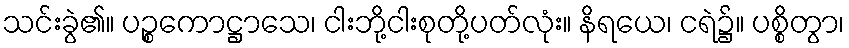
သင်းခွဲ၏။ ပဉ္စကောဋ္ဌာသေ၊ ငါးဘို့ငါးစုတို့ပတ်လုံး။ နိရယေ၊ ငရဲ၌။ ပစ္စိတွာ၊